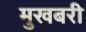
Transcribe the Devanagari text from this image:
मुखबरी